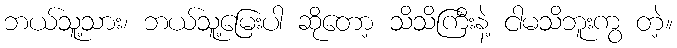
ဘယ်သူ့သား၊ ဘယ်သူ့မြေးပါ ဆိုတော့ သိသိကြီးနဲ့ ငါမသိဘူးကွ တဲ့။